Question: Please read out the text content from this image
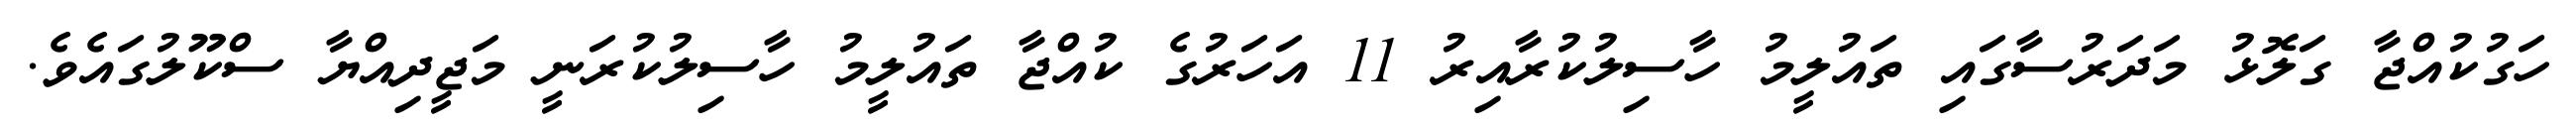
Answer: ހަގުކުއްޖާ ގަލޮޅު މަދަރުސާގައި ތައުލީމު ހާސިލުކުރާއިރު 11 އަހަރުގެ ކުއްޖާ ތައުލީމު ހާސިލުކުރަނީ މަޖީދިއްޔާ ސްކޫލުގައެވެ.